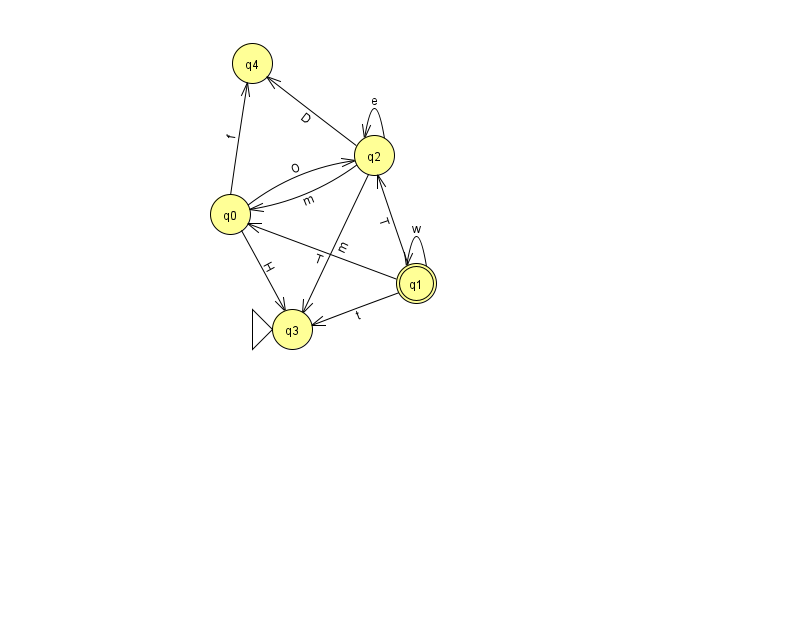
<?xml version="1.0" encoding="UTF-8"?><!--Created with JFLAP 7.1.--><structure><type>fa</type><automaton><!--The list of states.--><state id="0" name="q0"><x>230.0</x><y>201.0</y></state><state id="1" name="q1"><x>416.0</x><y>270.0</y><final/></state><state id="2" name="q2"><x>374.0</x><y>142.0</y></state><state id="3" name="q3"><x>292.0</x><y>316.0</y><initial/></state><state id="4" name="q4"><x>252.0</x><y>50.0</y></state><!--The list of transitions.--><transition><from>2</from><to>4</to><read>D</read></transition><transition><from>1</from><to>3</to><read>t</read></transition><transition><from>2</from><to>3</to><read>m</read></transition><transition><from>2</from><to>2</to><read>e</read></transition><transition><from>0</from><to>4</to><read>f</read></transition><transition><from>0</from><to>3</to><read>H</read></transition><transition><from>1</from><to>1</to><read>w</read></transition><transition><from>0</from><to>2</to><read>O</read></transition><transition><from>1</from><to>2</to><read>T</read></transition><transition><from>2</from><to>0</to><read>m</read></transition><transition><from>1</from><to>0</to><read>T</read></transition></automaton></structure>